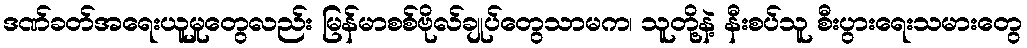
ဒဏ်ခတ်အရေးယူမှုတွေလည်း မြန်မာစစ်ဗိုလ်ချုပ်တွေသာမက၊ သူတို့နဲ့ နီးစပ်သူ စီးပွားရေးသမားတွေ